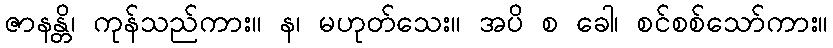
ဇာနန္တိ၊ ကုန်သည်ကား။ န၊ မဟုတ်သေး။ အပိ စ ခေါ၊ စင်စစ်သော်ကား။